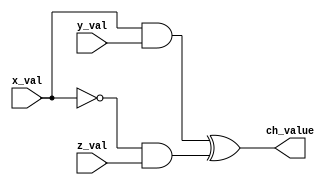
`timescale 1ns / 1ps
//////////////////////////////////////////////////////////////////////////////////
// Company: University of Oxford
// 
// Design Name: Ch Module
// Module Name: Ch
// Project Name: SHA2_FPGA
// Target Devices: Alveo U280
// Tool Versions: icarus 11.2
// Description: 
// 
// Dependencies: Ch.v
// 
// Revision:
// Revision 0.1
// Additional Comments:
// 
//////////////////////////////////////////////////////////////////////////////////

// parameter DATA_WIDTH = 64;
// parameter SMALL_DATA_WIDTH = 32;

module Choose
(
    // Inputs
    input [63 : 0] x_val,
    input [63 : 0] y_val,
    input [63 : 0] z_val,

    // Output
    output [63 : 0] ch_value
);

assign ch_value = (x_val&y_val)^((~x_val)&z_val);

endmodule